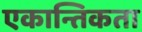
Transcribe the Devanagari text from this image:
एकान्तिकता